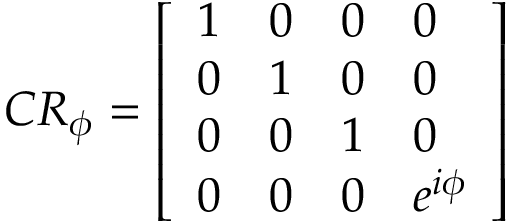
C R _ { \phi } = { \left[ \begin{array} { l l l l } { 1 } & { 0 } & { 0 } & { 0 } \\ { 0 } & { 1 } & { 0 } & { 0 } \\ { 0 } & { 0 } & { 1 } & { 0 } \\ { 0 } & { 0 } & { 0 } & { e ^ { i \phi } } \end{array} \right] }